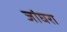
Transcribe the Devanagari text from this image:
जांघरा